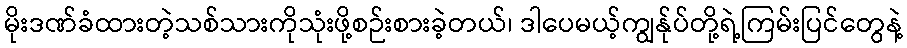
မိုးဒဏ်ခံထားတဲ့သစ်သားကိုသုံးဖို့စဉ်းစားခဲ့တယ်၊ ဒါပေမယ့်ကျွန်ုပ်တို့ရဲ့ကြမ်းပြင်တွေနဲ့